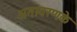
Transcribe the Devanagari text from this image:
अनावरणके